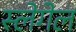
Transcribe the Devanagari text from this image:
स्लेगेल